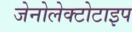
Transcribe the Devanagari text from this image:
जेनोलेक्टोटाइप